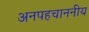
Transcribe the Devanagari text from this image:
अनपहचाननीय